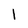
Character: l